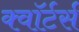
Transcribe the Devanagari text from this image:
क्वॉर्टर्स